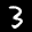
Label: 3